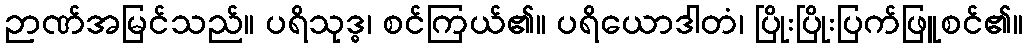
ဉာဏ်အမြင်သည်။ ပရိသုဒ္ဓ၊ စင်ကြယ်၏။ ပရိယောဒါတံ၊ ပြိုးပြိုးပြက်ဖြူစင်၏။